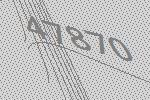
47870